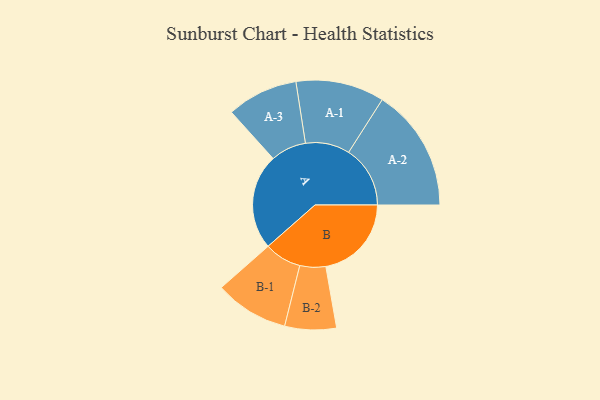
{"axis": {"x": "Segment", "y": "Value"}, "legend": ["", "A", "B"], "data": [{"x": "A", "y": 460, "type": ""}, {"x": "B", "y": 412, "type": ""}, {"x": "A-1", "y": 213, "type": "A"}, {"x": "A-2", "y": 296, "type": "A"}, {"x": "A-3", "y": 171, "type": "A"}, {"x": "B-1", "y": 178, "type": "B"}, {"x": "B-2", "y": 124, "type": "B"}]}